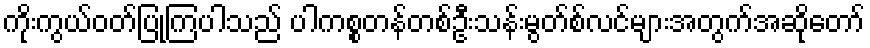
ကိုးကွယ်ဝတ်ပြုကြပါသည် ပါကစ္စတန်တစ်ဦးသန်းမွတ်စ်လင်များအတွက်အဆိုတော်